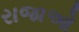
રાજાઓ